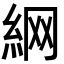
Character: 䋞